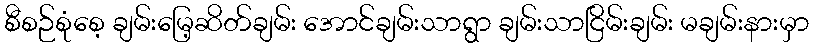
စီစဉ်စုံစေ့ ချမ်းမြေ့ဆိတ်ချမ်း အောင်ချမ်းသာရွာ ချမ်းသာငြိမ်းချမ်း မချမ်းနားမှာ